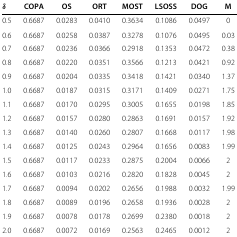
<table><thead><tr><td><b><i>δ</i></b></td><td><b>COPA</b></td><td><b>OS</b></td><td><b>ORT</b></td><td><b>MOST</b></td><td><b>LSOSS</b></td><td><b>DOG</b></td><td><b>M</b></td></tr></thead><tbody><tr><td>0.5</td><td>0.6687</td><td>0.0283</td><td>0.0410</td><td>0.3634</td><td>0.1086</td><td>0.0497</td><td>0</td></tr><tr><td>0.6</td><td>0.6687</td><td>0.0258</td><td>0.0387</td><td>0.3278</td><td>0.1076</td><td>0.0495</td><td>0.03</td></tr><tr><td>0.7</td><td>0.6687</td><td>0.0236</td><td>0.0366</td><td>0.2918</td><td>0.1353</td><td>0.0472</td><td>0.38</td></tr><tr><td>0.8</td><td>0.6687</td><td>0.0220</td><td>0.0351</td><td>0.3566</td><td>0.1213</td><td>0.0421</td><td>0.92</td></tr><tr><td>0.9</td><td>0.6687</td><td>0.0204</td><td>0.0335</td><td>0.3418</td><td>0.1421</td><td>0.0340</td><td>1.37</td></tr><tr><td>1.0</td><td>0.6687</td><td>0.0187</td><td>0.0315</td><td>0.3171</td><td>0.1409</td><td>0.0271</td><td>1.75</td></tr><tr><td>1.1</td><td>0.6687</td><td>0.0170</td><td>0.0295</td><td>0.3005</td><td>0.1655</td><td>0.0198</td><td>1.85</td></tr><tr><td>1.2</td><td>0.6687</td><td>0.0157</td><td>0.0280</td><td>0.2863</td><td>0.1691</td><td>0.0157</td><td>1.92</td></tr><tr><td>1.3</td><td>0.6687</td><td>0.0140</td><td>0.0260</td><td>0.2807</td><td>0.1668</td><td>0.0117</td><td>1.98</td></tr><tr><td>1.4</td><td>0.6687</td><td>0.0125</td><td>0.0243</td><td>0.2964</td><td>0.1656</td><td>0.0083</td><td>1.99</td></tr><tr><td>1.5</td><td>0.6687</td><td>0.0117</td><td>0.0233</td><td>0.2875</td><td>0.2004</td><td>0.0066</td><td>2</td></tr><tr><td>1.6</td><td>0.6687</td><td>0.0103</td><td>0.0216</td><td>0.2820</td><td>0.1828</td><td>0.0045</td><td>2</td></tr><tr><td>1.7</td><td>0.6687</td><td>0.0094</td><td>0.0202</td><td>0.2656</td><td>0.1988</td><td>0.0032</td><td>1.99</td></tr><tr><td>1.8</td><td>0.6687</td><td>0.0089</td><td>0.0196</td><td>0.2658</td><td>0.1936</td><td>0.0028</td><td>2</td></tr><tr><td>1.9</td><td>0.6687</td><td>0.0078</td><td>0.0178</td><td>0.2699</td><td>0.2380</td><td>0.0018</td><td>2</td></tr><tr><td>2.0</td><td>0.6687</td><td>0.0072</td><td>0.0169</td><td>0.2563</td><td>0.2465</td><td>0.0012</td><td>2</td></tr></tbody></table>